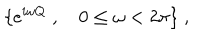
\{ e ^ { i \omega Q } \; , \quad 0 \le \omega < 2 \pi \} \; ,